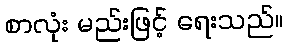
စာလုံး မည်းဖြင့် ရေးသည်။